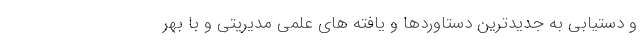
و دستیابی به جدیدترین دستاوردها و یافته های علمی مدیریتی و با بهر